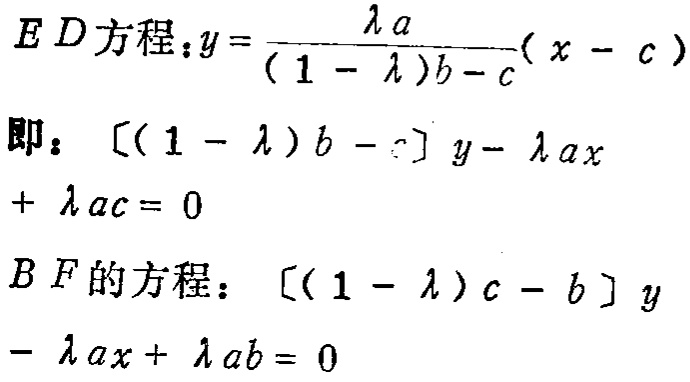
$ED方程：y=\frac{\lambda a}{(1 - \lambda)b - c}(x - c)$
即：$[(1 - \lambda)b - c]y - \lambda ax+\lambda ac = 0$
$BF的方程：[(1 - \lambda)c - b]y-\lambda ax+\lambda ab = 0$